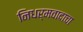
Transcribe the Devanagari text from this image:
निधर्मवादाचा